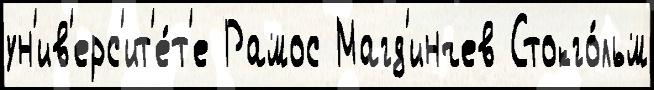
ун'ив'ерс'ит'е́т'е Рамос Магд'инчев Стокго́льм